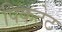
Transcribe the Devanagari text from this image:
पिकटेट